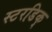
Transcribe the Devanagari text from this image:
स्टरडिक्